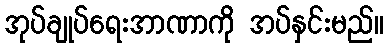
အုပ်ချုပ်ရေးအာဏာကို အပ်နှင်းမည်။